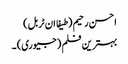
احسن رحیم (طیفا ان ٹربل)
بہترین فلم (جیوری) ۔